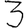
Digit: 3